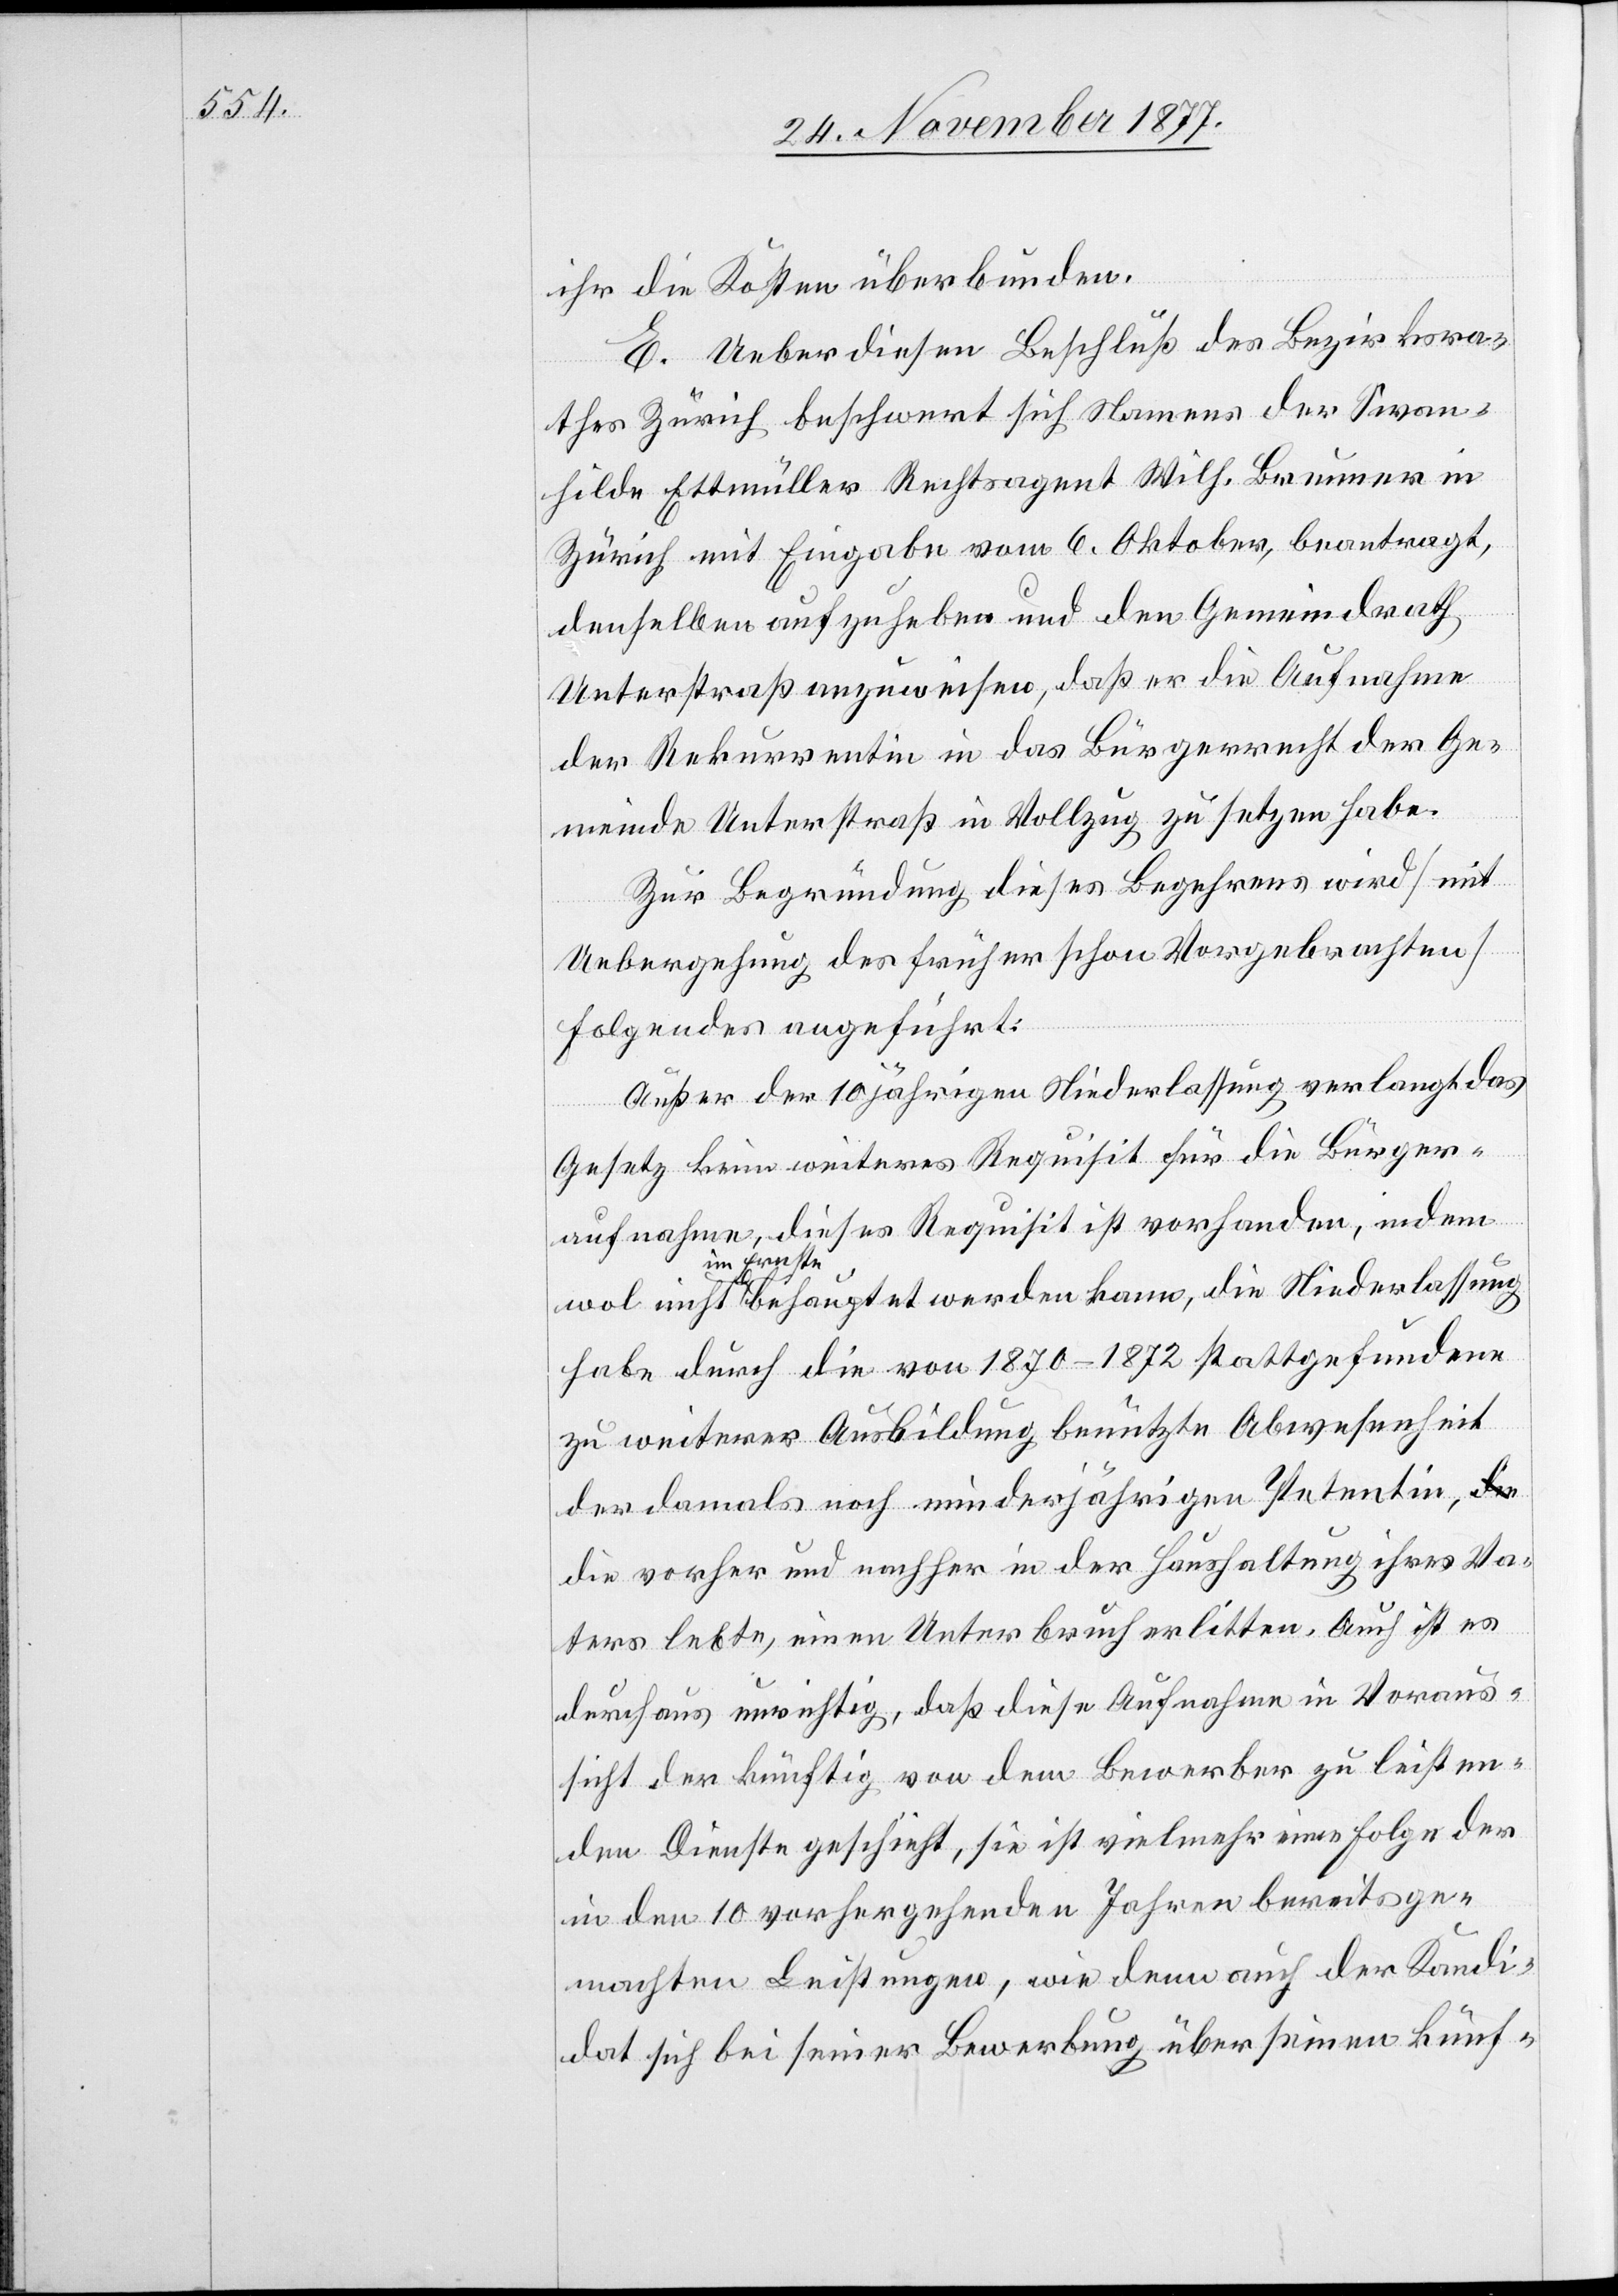
ihr die Kosten überbunden.
E. Ueber diesen Beschluß des Bezirksra¬
thes Zürich beschwert sich Namens der Swan¬
hilde Ettmüller Rechtsagent Wilh. Brunner in
Zürich mit Eingabe vom 6. Oktober, beantragt,
denselben aufzuheben und den Gemeindrath
Unterstraß anzuweisen, daß er die Aufnahme
der Rekurrentin in das Bürgerrecht der Ge¬
meinde Unterstraß in Vollzug zu setzen habe.
Zur Begründung dieses Begehrens wird [mit
Uebergehung des früher schon Vorgebrachten]
Folgendes angeführt:
Außer der 10 jährigen Niederlassung verlangt das
Gesetz kein weiteres Requisit für die Bürger¬
aufnahme, dieses Requisit ist vorhanden, indem
im Ernste
habe durch die von 1870–1872 stattgefundene
zu weiterer Ausbildung benützte Abwesenheit
der damals noch minderjährigen Petentin, a-die-a
die vorher und nachher in der Haushaltung ihres Va¬
ters lebte, einen Unterbruch erlitten. Auch ist es
durchaus unrichtig, daß diese Aufnahme in Voraus¬
sicht der künftig von dem Bewerber zu leisten¬
den Dienste geschieht, sie ist vielmehr eine Folge der
in den 10 vorhergehenden Jahren bereits ge¬
machten Leistungen, wie denn auch der Kandi¬
dat sich bei seiner Bewerbung über seinen künf-

die